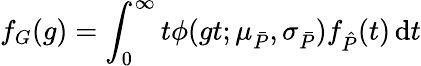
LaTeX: f_{G}(g)=\int_{0}^{\infty}t\phi(gt;\mu_{\bar{P}},\sigma_{\bar{P}})f_{\hat{P}}(t)\, \mathrm dt